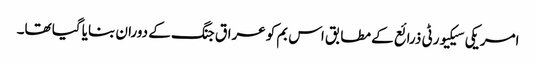
امریکی سیکیورٹی ذرائع کے مطابق اس بم کو عراق جنگ کے دوران بنایا گیا تھا۔